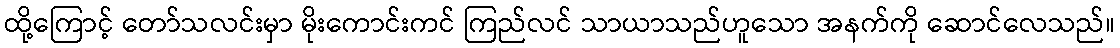
ထို့ကြောင့် တော်သလင်းမှာ မိုးကောင်းကင် ကြည်လင် သာယာသည်ဟူသော အနက်ကို ဆောင်လေသည်။